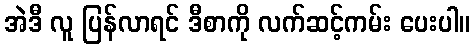
အဲဒီ လူ ပြန်လာရင် ဒီစာကို လက်ဆင့်ကမ်း ပေးပါ။